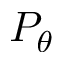
P _ { \theta }